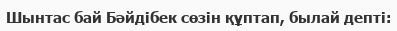
Шынтас бай Бәйдібек сөзін құптап, былай депті: